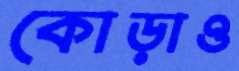
কোড়াও